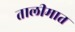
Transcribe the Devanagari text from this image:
तालीमात